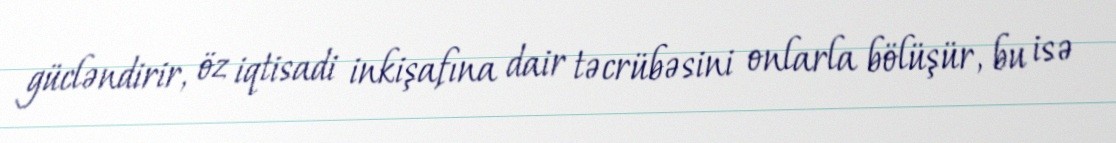
gücləndirir, öz iqtisadi inkişafına dair təcrübəsini onlarla bölüşür, bu isə